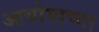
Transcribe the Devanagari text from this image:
आयोगाच्‍या